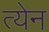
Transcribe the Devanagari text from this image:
त्येन